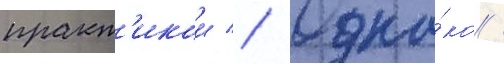
практ'икои // Одна́ко /